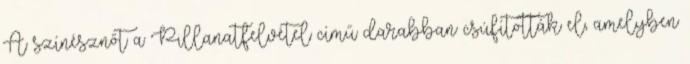
A színésznőt a Pillanatfelvétel című darabban csúfították el, amelyben